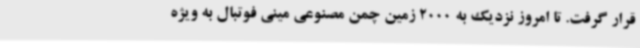
قرار گرفت. تا امروز نزدیک به 2000 زمین چمن مصنوعی مینی فوتبال به ویژه